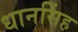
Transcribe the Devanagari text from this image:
धानसिंह